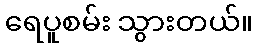
ရေပူစမ်း သွားတယ်။